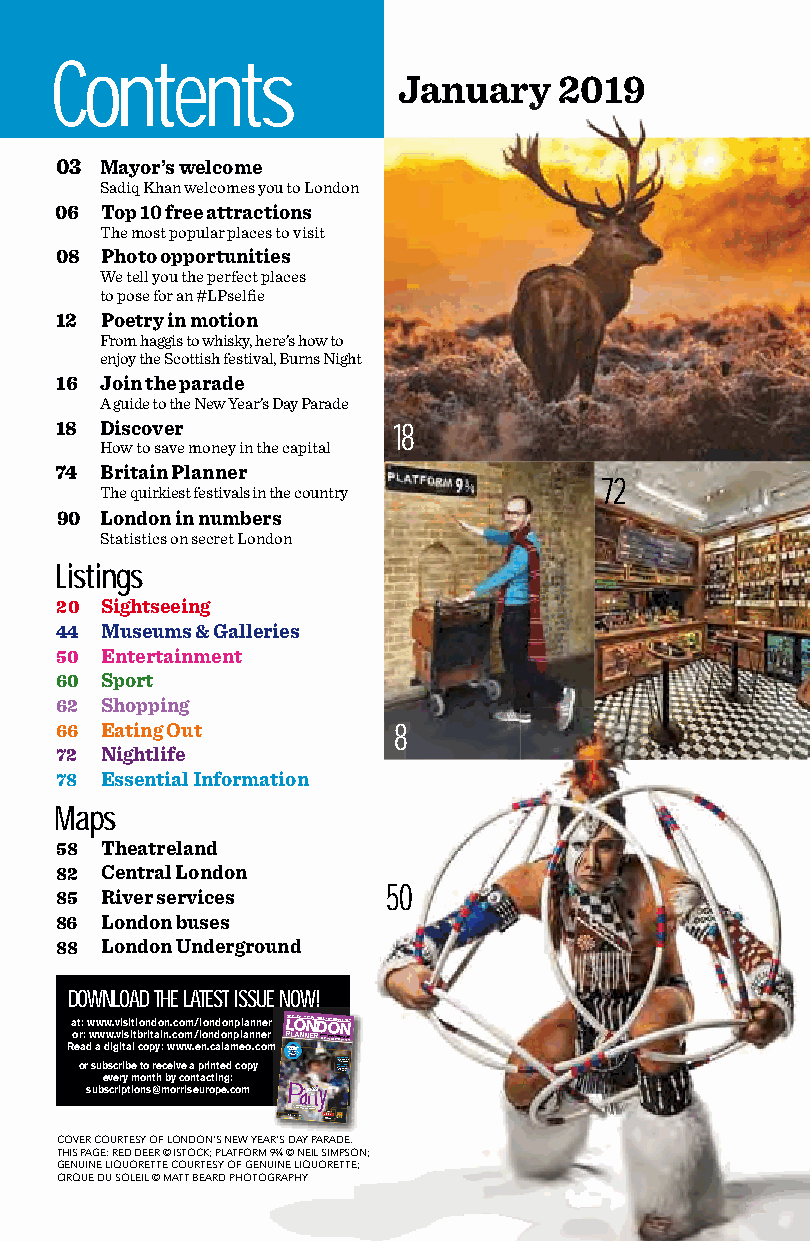
Contents
 Januaryy   2019
 03 Mayor’s welcome
 Sadiq Khan welcomes you to London
 06 Top 10 free attractions
 The most popular places to visit
 08 Photo opportunities
 We tell you the perfect places
 to pose for an #LPselfie
 12 Poetry in motion
 From haggis to whisky, here’s how to
 enjoy the Scottish festival, Burns Night
 16 Join the parade
 A guide to the New Year’s Day Parade
 18 Discover           1188
 How to save money in the capital
 74 Britain Planner
 72
 The quirkiest festivals in the country
 90 London in numbers
 Statistics on secret London
 Listings
 20 Sightseeing
 44 Museums & Galleries
 50 Entertainment
 60 Sport
 62 Shopping
 66 Eating Out         8
 72 Nightlife
 78 Essential Information
 Maps
 58 Theatreland
 82 Central London
 85 River services     50
 86 London buses
 88 London Underground
 DOWNLOAD THE LATEST ISSUE NOW!
 at: www.visitlondon.com/londonplanner LSIGHTOS • ARTS • SNHOPPING •D EATING • EONTERTAINMNENT • MAPS
 Ro e or a: r d w s a uw b edw s vig. ecv ri ri t i ys ba i melt b c otr o o ni p t tra y hei : cn bw e. yc iw vo ce om w a n./ e tpl ano r c.n ic tnd ia t no el ga dn :m p c l e oa o pn . yn c oe mmr PP S rSaePeInsLL cSE tdraSe sC utiU rgbAA I ahaAEntrtssL s, NNNNEERRRRRRRRJJJJTHAAAAAENN F 11R99E E•• OLLFOOFNNICDDIOOALNN MPP # SLL HO BSLAA TCN oupUPNN hOwT rheS PNN nH o T tg sEtPoLEE rT o NY RR meL E s IiaG.. pF gaRStCC o hU reI HSkOO t tsI EstDMM E
 subscriptions@morriseurope.com PPPPParJTOHIttttttttttttttttt ENy
 WWNNhheeeewwrr eeYY etteooaa rrww’’ssaa DDttccaahhyy LL PPooaannrrddaaooddnnee’’ss FFFIINND YOUR
 LP JAN COVER.indd 1
 COVER COURTESY OF LONDON’S NEW YEAR’S DAY PARADE.
 THIS PAGE: RED DEER © ISTOCK; PLATFORM 9¾ © NEIL SIMPSON;
 GENUINE LIQUORETTE COURTESY OF GENUINE LIQUORETTE;
 CIRQUE DU SOLEIL © MATT BEARD PHOTOGRAPHY